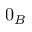
0 _ { B }